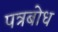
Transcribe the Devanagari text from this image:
पत्रबोध